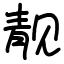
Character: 靓